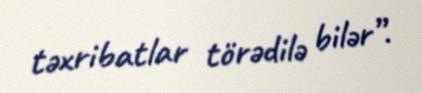
təxribatlar törədilə bilər”.